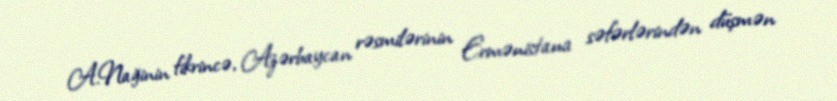
A.Nağinin fikrincə, Azərbaycan rəsmilərinin Ermənistana səfərlərindən düşmən